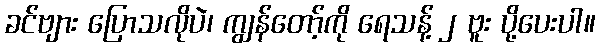
ခင်ဗျား ပြောသလိုပဲ၊ ကျွန်တော့်ကို ရေသန့် ၂ ဗူး ပို့ပေးပါ။